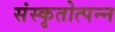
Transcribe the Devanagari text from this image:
संस्कृतोत्पन्न